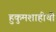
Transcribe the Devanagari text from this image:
हुकुमशाहीची